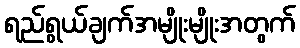
ရည်ရွယ်ချက်အမျိုးမျိုးအတွက်